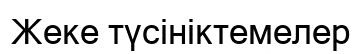
Жеке түсініктемелер